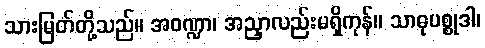
သားမြတ်တို့သည်။ အဝဏ္ဍာ၊ အညှာလည်းမရှိကုန်။ သာဓုပစ္စုဒါ၊